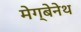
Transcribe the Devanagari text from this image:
मेग्बेनेथ